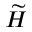
\widetilde { H }